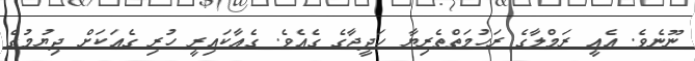
ނޫނެވެ. އެއީ ރަމްލާގެ ރަހުމަތްތެރިޔާ ހަދީޖާގެ ގެއެވެ. ގެއާކައިރީ ހުރި ގެއަކަށް ދިޔުމުގެ